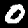
Digit: 0